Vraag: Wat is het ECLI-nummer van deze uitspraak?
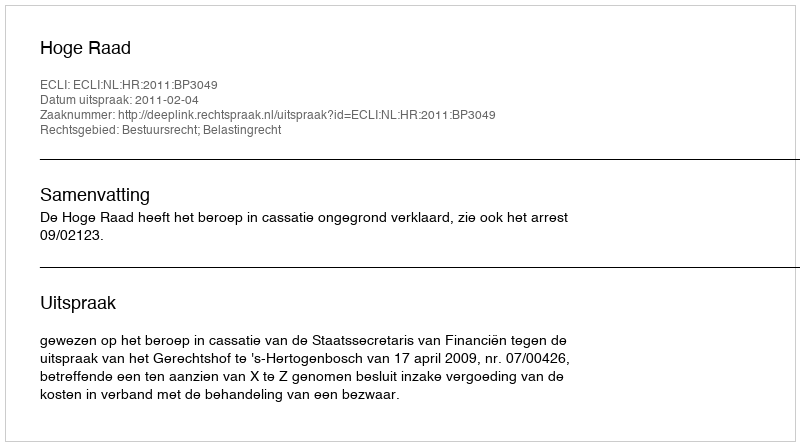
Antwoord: ECLI:NL:HR:2011:BP3049